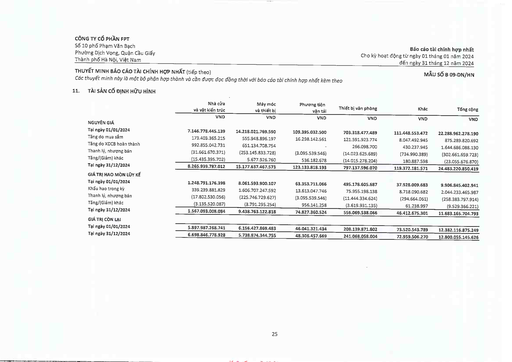
||Nhà cửa và vật kiến trúc|Máy móc và thiết bị|Phương tiện vận tải|Thiết bị văn phòng|Khác|Tổng cộng| |---|---|---|---|---|---|---| ||VND|VND|VND|VND|VND|VND| |NGUYÊN GIÁ||||||| |Tại ngày 01/01/2024|7.146.778.445.139|14.218.021.769.590|109.395.032.500|703.318.477.489|111.448.553.472|22.288.962.278.190| |Tăng do mua sắm|173.403.365.215|555.948.896.197|16.298.142.561|121.591.923.774|8.047.492.945|875.289.820.692| |Tăng do XDCB hoàn thành|992.855.042.731|651.134.708.754||266.098.700|430.237.945|1.644.686.088.130| |Thanh lý, nhượng bán|(31.661.670.371)|(253.145.833.728)|(3.095.539.546)|(14.023.625.689)|(734.990.389)|(302.661.659.723)| |Tăng/(Giảm) khác|(15.435.395.702)|5.677.926.760|536.182.678|(14.015.278.204)|180.887.598|(23.055.676.870)| |Tại ngày 31/12/2024|8.265.939.787.012|15.177.637.467.573|123.133.818.193|797.137.596.070|119.372.181.571|24.483.220.850.419| |GIÁ TRỊ HAO MÒN LŨY KẾ||||||| |Tại ngày 01/01/2024|1.248.791.176.398|8.061.593.900.107|63.353.711.066|495.178.605.687|37.928.009.683|9.906.845.402.941| |Khấu hao trong kỳ|339.239.881.829|1.606.707.247.592|13.613.047.746|75.955.198.138|8.718.090.682|2.044.233.465.987| |Thanh lý, nhượng bán|(17.802.530.056)|(225.746.729.627)|(3.095.539.546)|(11.444.334.624)|(294.664.061)|(258.383.797.914)| |Tăng/(Giảm) khác|(3.135.520.087)|(3.791.295.254)|956.141.258|(3.619.931.135)|61.238.997|(9.529.366.221)| |Tại ngày 31/12/2024|1.567.093.008.084|9.438.763.122.818|74.827.360.524|556.069.538.066|46.412.675.301|11.683.165.704.793| |GIÁ TRỊ CÒN LẠI||||||| |Tại ngày 01/01/2024|5.897.987.268.741|6.156.427.869.483|46.041.321.434|208.139.871.802|73.520.543.789|12.382.116.875.249| |Tại ngày 31/12/2024|6.698.846.778.928|5.738.874.344.755|48.306.457.669|241.068.058.004|72.959.506.270|12.800.055.145.626|